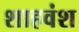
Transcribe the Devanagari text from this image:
शाहवंश